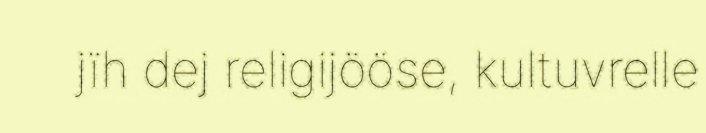
jïh dej religijööse, kultuvrelle